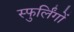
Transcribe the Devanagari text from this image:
स्फुर्लिंगों